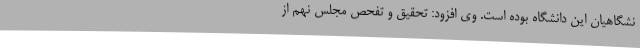
نشگاهیان این دانشگاه بوده است. وی افزود: تحقیق و تفحص مجلس نهم از